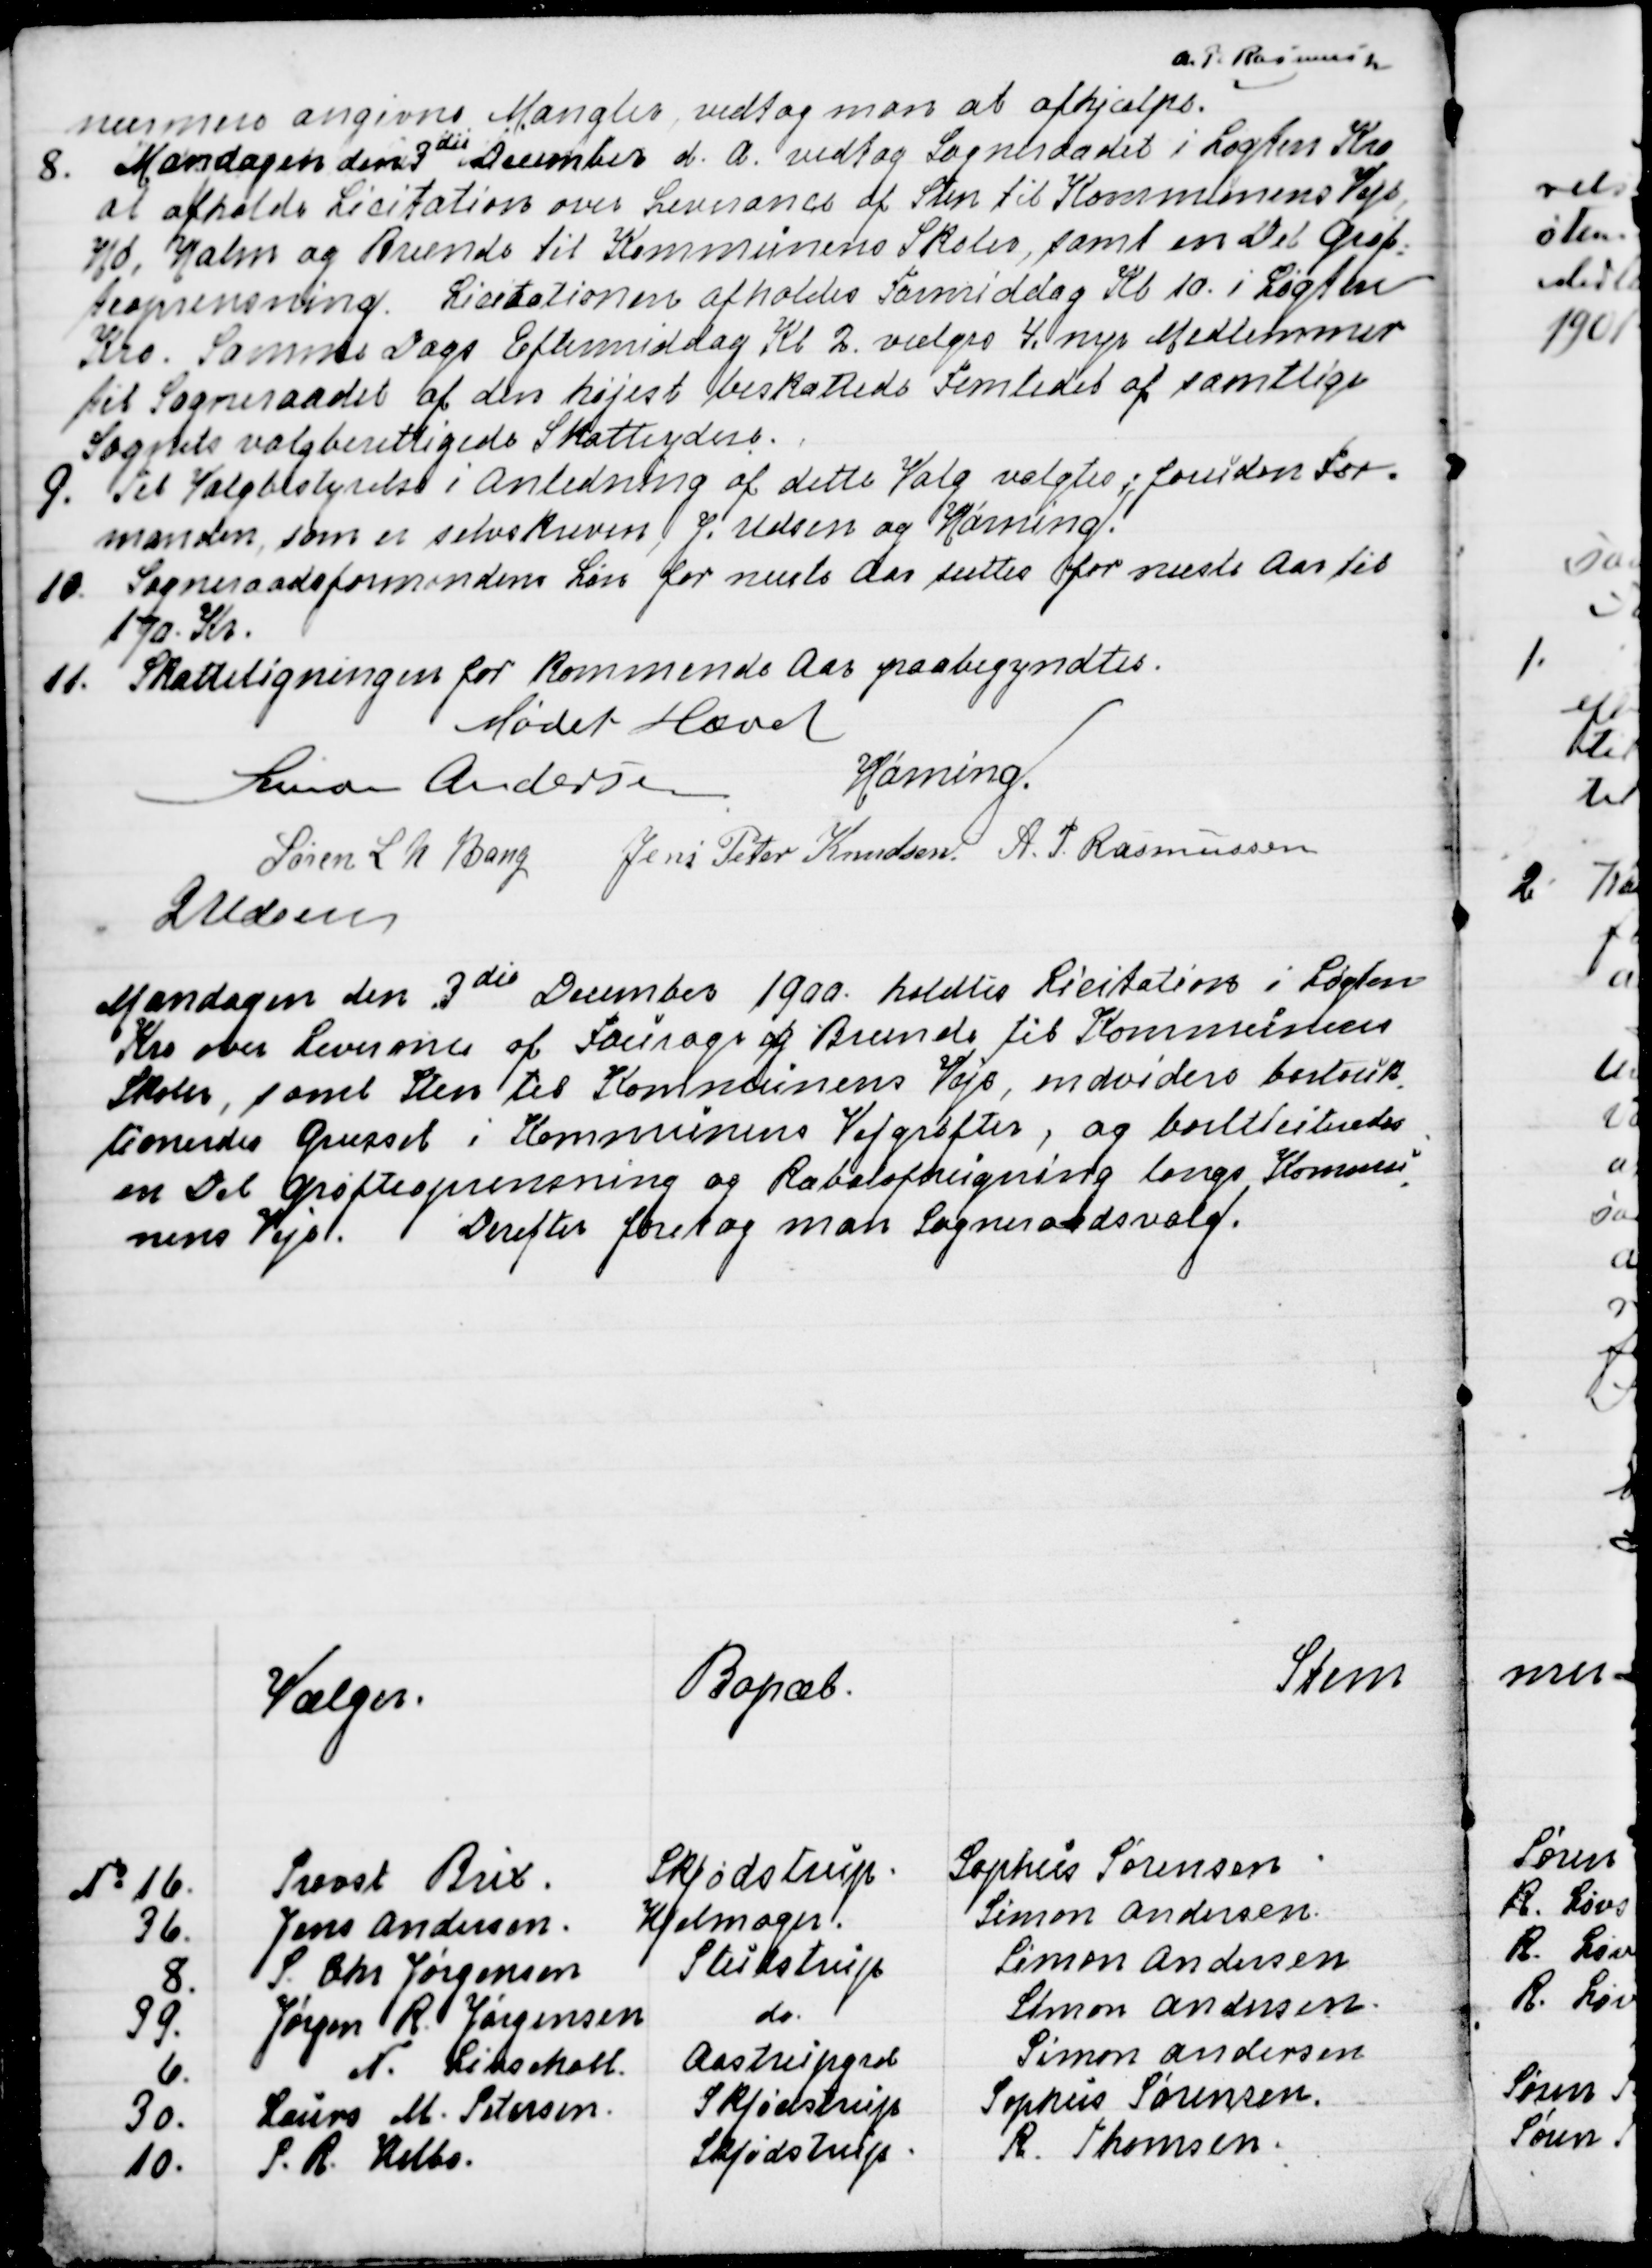
Transskription:
nærmere angivne Mangler vedtog man at afhjælpe.
A. P. Rasmussen
8.
Mandagen den 3die December d. A. vedtog Sogneraadet i Løgten Kro
at afholde Licitation over Leverance af Sten til Kommunens Veje,
Hø, Halm og Brænde til Kommunens Skoler, samt en Del Grøf=
teoprensning. Licitationen afholdes Formiddag Kl. 10. i Løgten
Kro. Samme Dags Eftermiddag Kl. 2. vælges 4. nye Medlemmer
til Sogneraadet af den højest beskattede Femtedel af samtlige
Sognets valgberettigede Skatteydere.
9. Til Valgbestyrelse i Anledning af dette Valg valgtes foruden For=
manden, som er selvskreven, J Udsen og Hørning.
10. Sogneraadsformandens Løn for næste Aar sættes for næste Aar til
170. Kr.
11. Skatteligningen for kommende Aar paabegyndtes.
Mødet Hævet
Simon Andersen
Hørning.
Søren L N Bang
Jens Peter Knudsen
A. P. Rasmussen
J Udsen

Mandagen den 3die December 1900 holdtes Licitation i Løgten
Kro over Leverance af Fourage og Brænde til Kommunens
Skoler, samt Sten til Kommunens Veje, endvidere bortauk
=
tioneredes Græsset i Kommunens Vejgrøfter, og bortliciteredes
en Del Grøfteoprensning og Rabatafhugning  langs Kommu
=
nens Veje.
Derefter foretog man Sogneraadsvalg.

Vælger.
Bopæl.
Stem
№ 16.
Provst Brix.
Skjødstrup
Sophus Sørensen
36.
Jens Andersen.
Hjelmager.
Simon Andersen
8.
S. Chr. Jørgensen
Studstrup
Simon Andersen
99.
Jørgen R. Jørgensen
do.
Simon Andersen
6.
N. Løvschall
Aastrupgrd
Simon Andersen
30.
Laurs M. Petersen
Skjødstrup
Sophus Sørensen.
10.
P. R. Helbo
Skjødstrup
R. Thomsen.